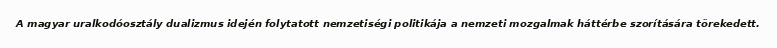
A magyar uralkodóosztály dualizmus idején folytatott nemzetiségi politikája a nemzeti mozgalmak háttérbe szorítására törekedett.